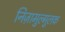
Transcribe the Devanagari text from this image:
निज़ामुल्मुलक